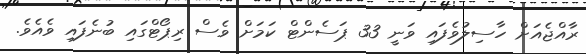
ރާއްޖެއަށް ހާސިލުވެފައި ވަނީ 33 ޕަސެންޓް ކަމަށް ވެސް ރިޕޯޓްގައި ބުނެފައި ވެއެވެ.